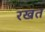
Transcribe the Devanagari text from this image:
रखत